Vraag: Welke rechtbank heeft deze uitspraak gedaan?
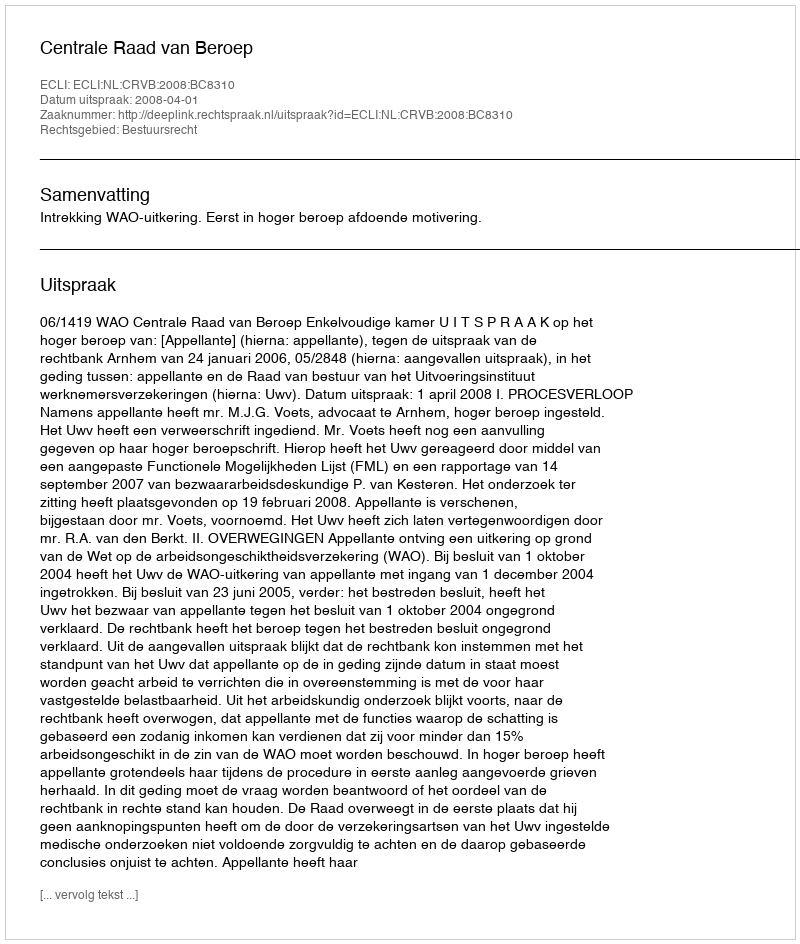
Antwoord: Centrale Raad van Beroep